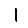
Digit: 1